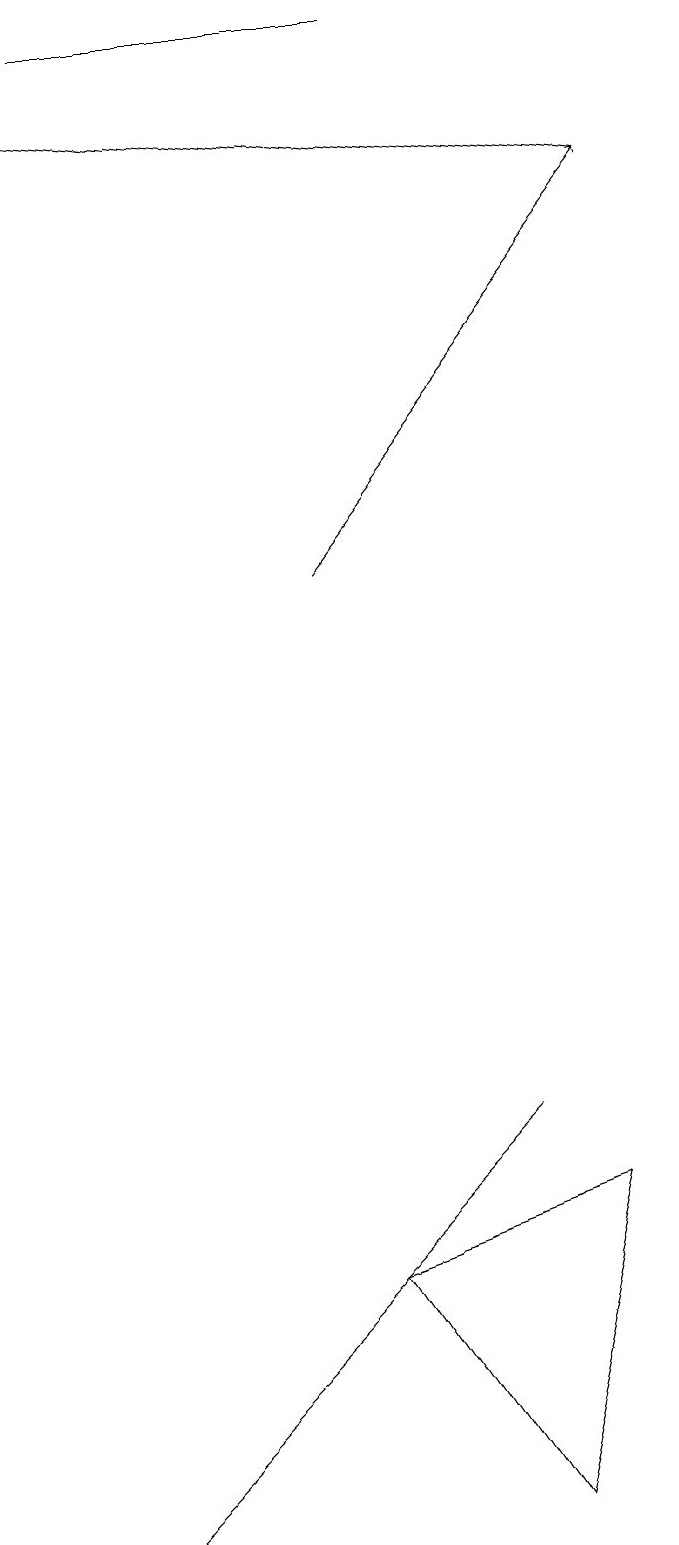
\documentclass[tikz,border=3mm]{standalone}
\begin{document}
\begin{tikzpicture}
\draw[->] (5,12) -- (9,17);
\draw (3,1) -- (2,0) -- (7,5) -- cycle;
\draw[->] (9,17) -- (1,18);
\draw (6,19) rectangle (2,19);
\draw (5,3) -- (7,0) -- (8,4) -- cycle;
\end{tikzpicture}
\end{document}